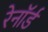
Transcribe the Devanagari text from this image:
रेनॉर्ड